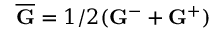
\overline { { { \bf G } } } = 1 / 2 ( { \bf G } ^ { - } + { \bf G } ^ { + } )